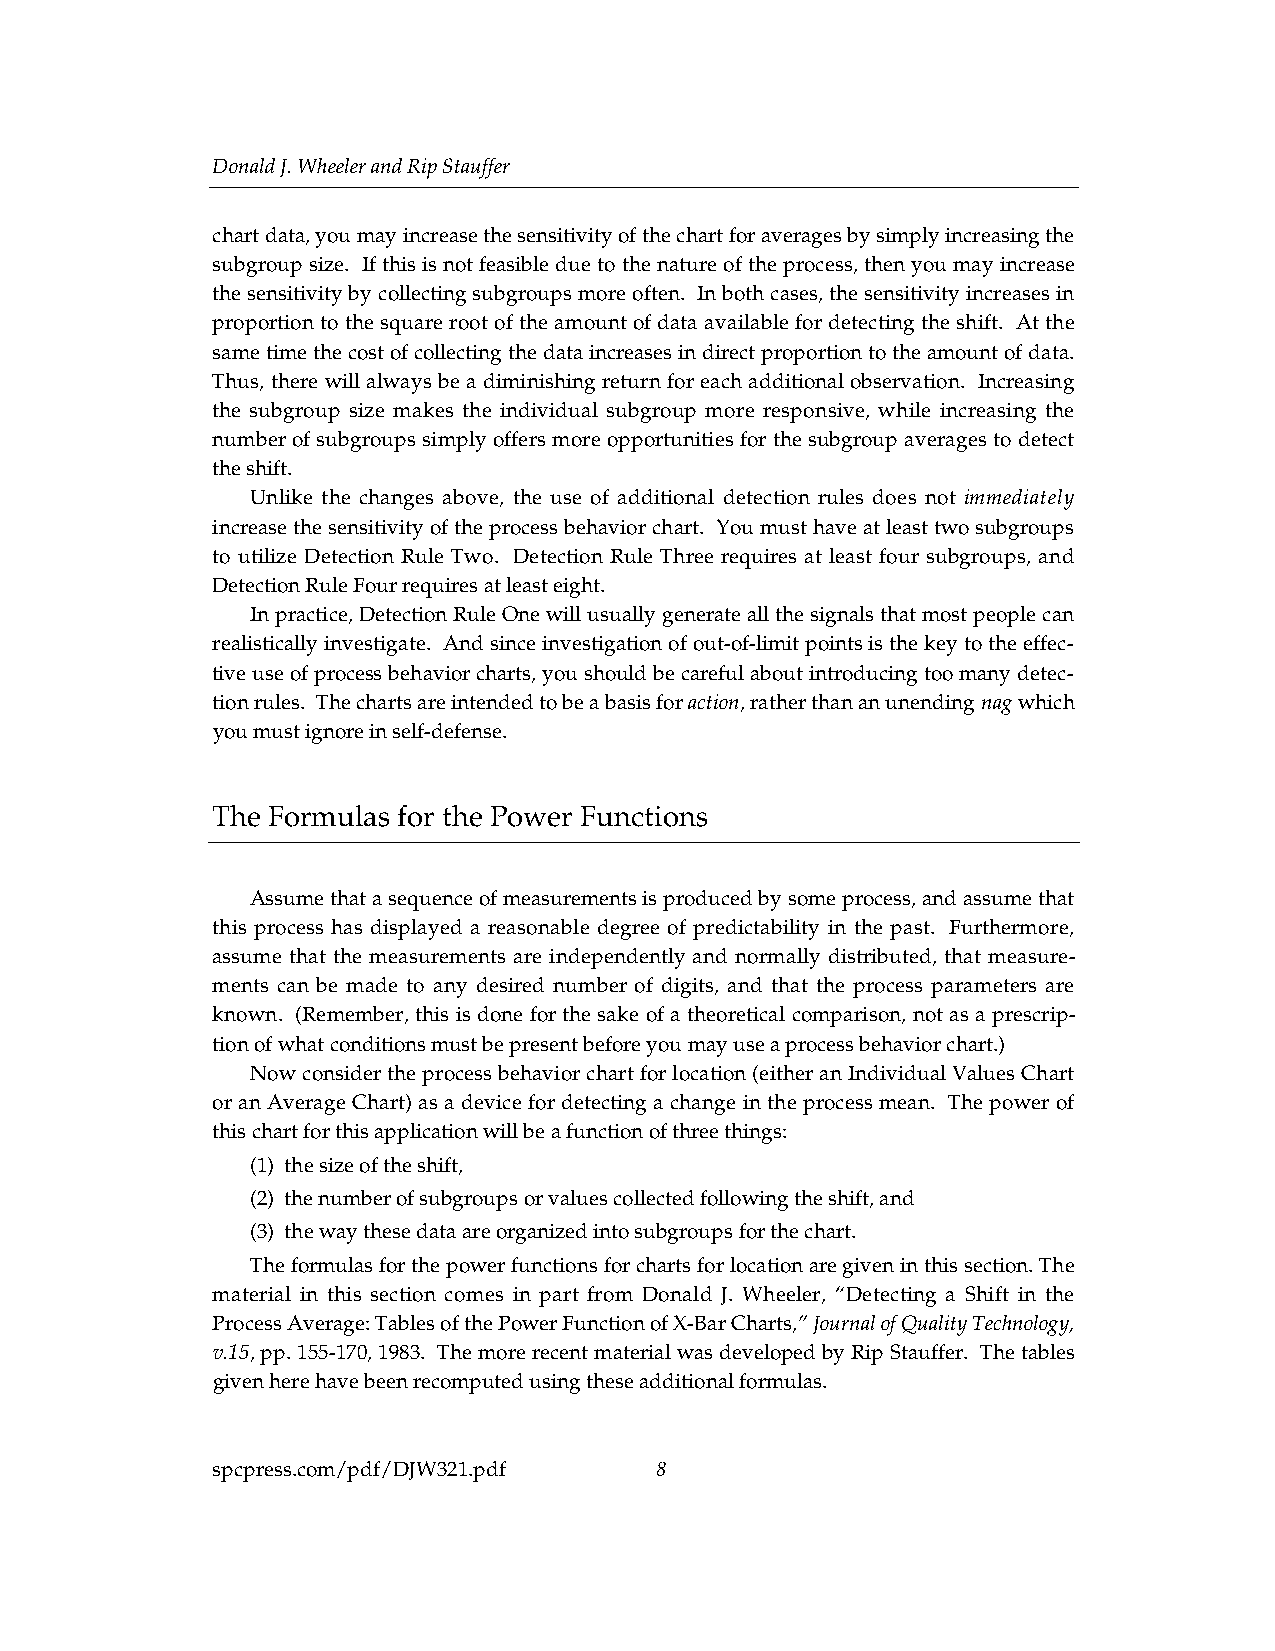
Donald J. Wheeler and Rip Stauffer
 chart data, you may increase the sensitivity of the chart for averages by simply increasing the
 subgroup size. If this is not feasible due to the nature of the process, then you may increase
 the sensitivity by collecting subgroups more often. In both cases, the sensitivity increases in
 proportion to the square root of the amount of data available for detecting the shift. At the
 same time the cost of collecting the data increases in direct proportion to the amount of data.
 Thus, there will always be a diminishing return for each additional observation. Increasing
 the subgroup size makes the individual subgroup more responsive, while increasing the
 number of subgroups simply offers more opportunities for the subgroup averages to detect
 the shift.
 Unlike the changes above, the use of additional detection rules does not immediately
 increase the sensitivity of the process behavior chart. You must have at least two subgroups
 to utilize Detection Rule Two. Detection Rule Three requires at least four subgroups, and
 Detection Rule Four requires at least eight.
 In practice, Detection Rule One will usually generate all the signals that most people can
 realistically investigate. And since investigation of out-of-limit points is the key to the effec-
 tive use of process behavior charts, you should be careful about introducing too many detec-
 tion rules. The charts are intended to be a basis for action, rather than an unending nag which
 you must ignore in self-defense.
 The Formulas for the Power Functions
 Assume that a sequence of measurements is produced by some process, and assume that
 this process has displayed a reasonable degree of predictability in the past. Furthermore,
 assume that the measurements are independently and normally distributed, that measure-
 ments can be made to any desired number of digits, and that the process parameters are
 known. (Remember, this is done for the sake of a theoretical comparison, not as a prescrip-
 tion of what conditions must be present before you may use a process behavior chart.)
 Now consider the process behavior chart for location (either an Individual Values Chart
 or an Average Chart) as a device for detecting a change in the process mean. The power of
 this chart for this application will be a function of three things:
 (1) the size of the shift,
 (2) the number of subgroups or values collected following the shift, and
 (3) the way these data are organized into subgroups for the chart.
 The formulas for the power functions for charts for location are given in this section. The
 material in this section comes in part from Donald J. Wheeler, “Detecting a Shift in the
 Process Average: Tables of the Power Function of X-Bar Charts,” Journal of Quality Technology,
 v.15, pp. 155-170, 1983. The more recent material was developed by Rip Stauffer. The tables
 given here have been recomputed using these additional formulas.
 spcpress.com/pdf/DJW321.pdf  8